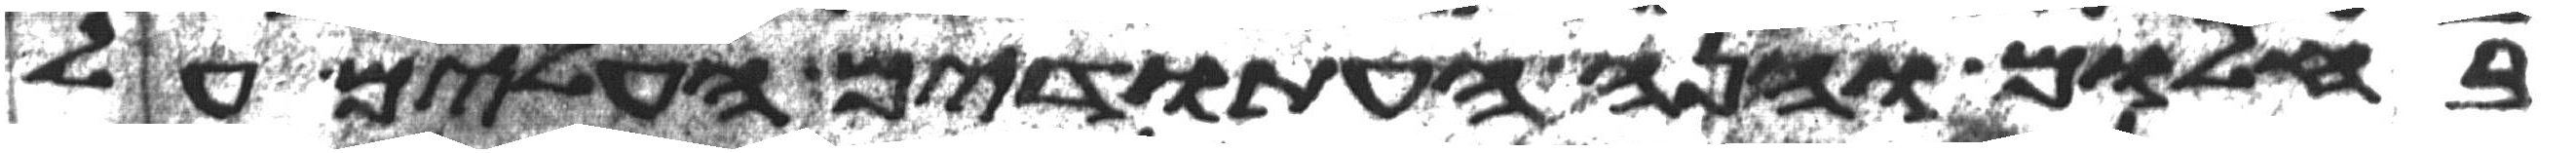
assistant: בחלום והנה העתודים העלים על